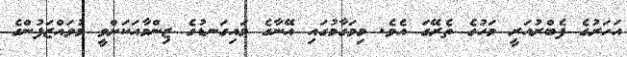
އަހަރުގެ ފެބްރުއަރީ މަހުގެ ތެރޭގަ އެވެ. މިމަގާމުގައި އޭނާގެ މައިގަނޑުގެ ޒިންމާއަކަށްވީ މުވައްޒަފުންގެ